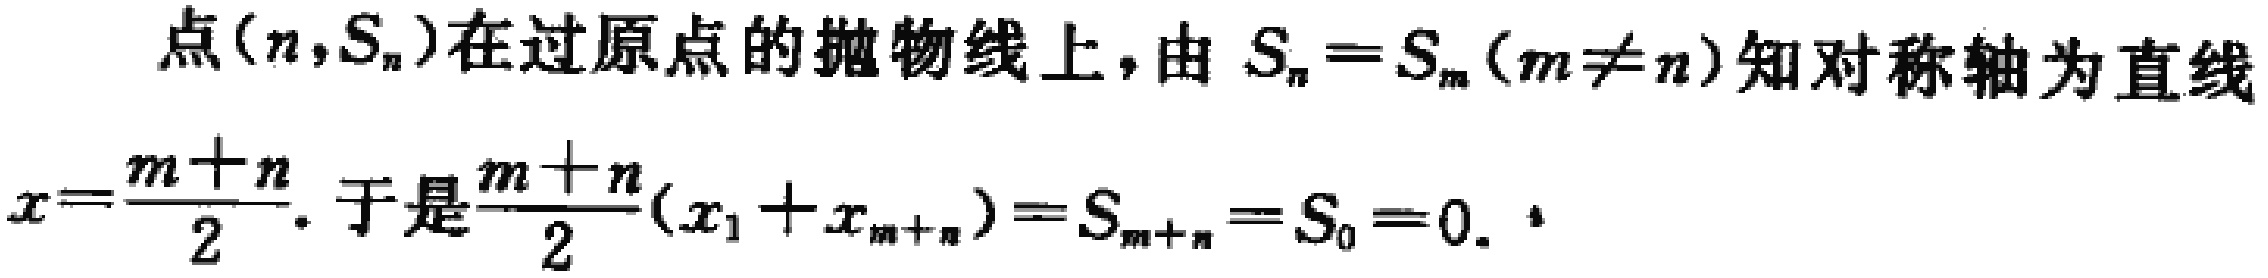
点\((n,S_{n})\)在过原点的抛物线上，由\(S_{n}=S_{m}(m\neq n)\)知对称轴为直线\(x = \frac{m + n}{2}\). 于是\(\frac{m + n}{2}(x_{1}+x_{m + n})=S_{m + n}=S_{0}=0\).